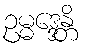
ဥမ္မဒ္ဒေန္တိ